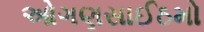
ઓગણસાઈઠમો